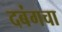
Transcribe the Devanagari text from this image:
दबंगचा